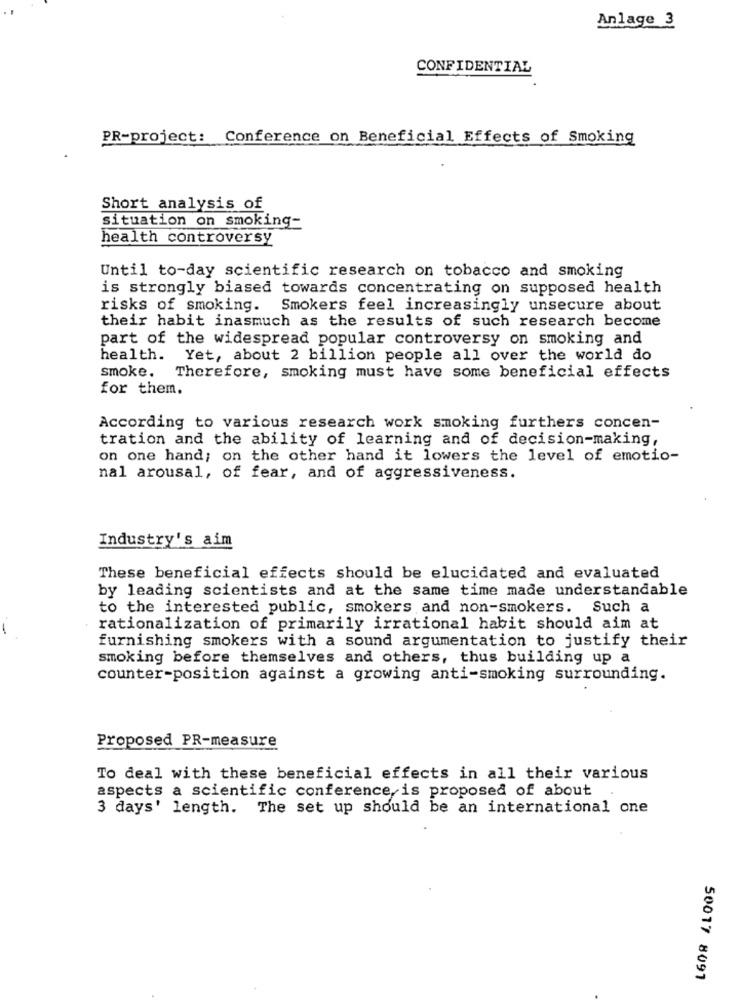
Anlage 3
CONFIDENTIAL
PR-project: Conference on Beneficial Effects of Smoking
Short analysis of
situation on smoking-
health controversy
Until to-day scientific research on tobacco and smoking
is strongly biased towards concentrating on supposed health
risks of smoking. Smokers feel increasingly unsecure about
their habit inasmuch as the results of such research become
part of the widespread popular controversy on smoking and
health.
Yet, about 2 billion people all over the world do
smoke.
Therefore, smoking must have some beneficial effects
for them.
According to various research work smoking furthers concen-
tration and the ability of learning and of decision-making,
on one hand; on the other hand it lowers the level of emotio-
nal arousal, of fear, and of aggressiveness.
Industry's aim
These beneficial effects should be elucidated and evaluated
by leading scientists and at the same time made understandable
to the interested public, smokers and non-smokers. Such a
--
rationalization of primarily irrational habit should aim at
furnishing smokers with a sound argumentation to justify their
smoking before themselves and others, thus building up a
counter-position against a growing anti-smoking surrounding.
Proposed PR-measure
To deal with these beneficial effects in all their various
aspects a scientific conference, is proposed of about
3 days' length. The set up should be an international one
50017 8091